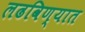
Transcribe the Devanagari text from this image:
लढविण्यात